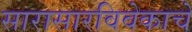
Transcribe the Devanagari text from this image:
सारासारविवेकाचे